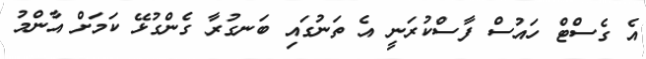
އެ ގެސްޓް ހައުސް ފާސްކުރަނީ އެ ތަނުގައި ބަނގުރާ ގެންގުޅޭ ކަމަށް އާންމު